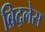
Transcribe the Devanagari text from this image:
ब्रिद्लेस